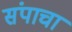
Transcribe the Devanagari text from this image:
संपाचा